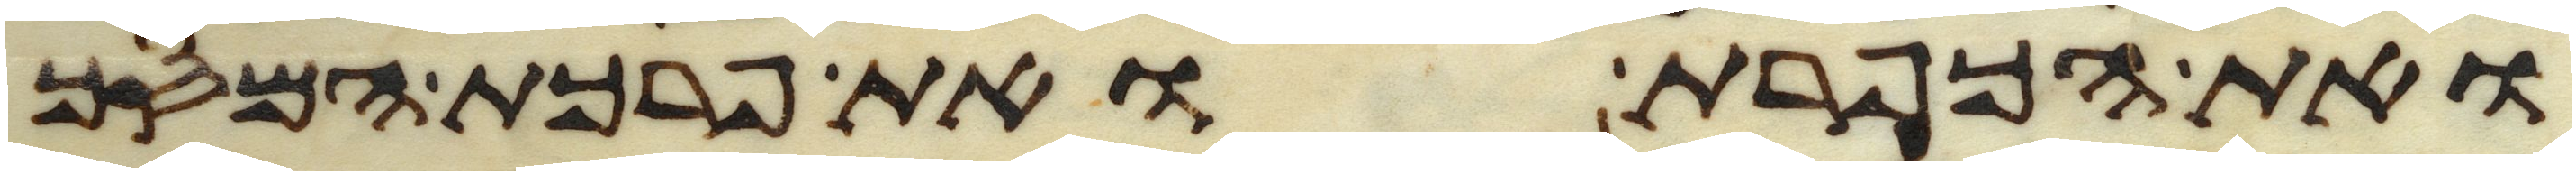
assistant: ואת הכפרת ואת פרכת המסך